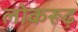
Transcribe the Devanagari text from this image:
लोकरूढ़